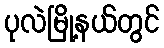
ပုလဲမြို့နယ်တွင်